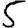
Digit: 5